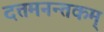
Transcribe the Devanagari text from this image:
दत्तमनन्तकम्